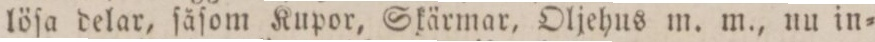
löſa delar, ſåſom Kupor, Skärmar, Oljehus m. m., nu in=